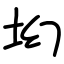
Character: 㘭